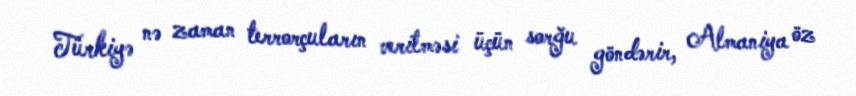
Türkiyə nə zaman terrorçuların verilməsi üçün sorğu göndərir, Almaniya öz